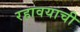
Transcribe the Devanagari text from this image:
रहावयाची